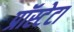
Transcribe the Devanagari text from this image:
प्रॉस्टेटा